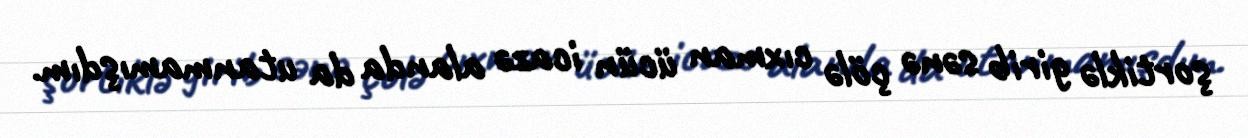
şortiklə girib sənə çölə cıxman ücün icazə alanda da utanmamışdım.